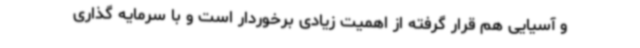
و آسیایی هم قرار گرفته از اهمیت زیادی برخوردار است و با سرمایه گذاری